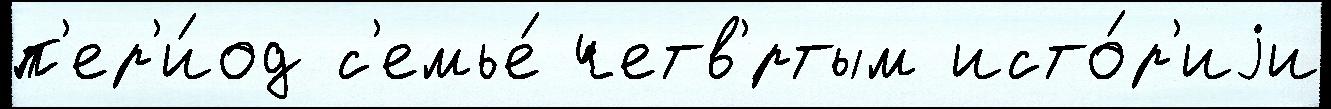
п'ер'и́од с'емье́ четв'́ртым исто́р'иjи